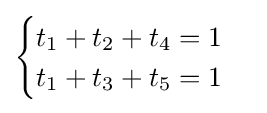
{\begin{cases}t_{1}+t_{2}+t_{4}=1\\t_{1}+t_{3}+t_{5}=1\end{cases}}